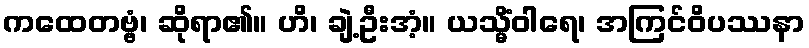
ကထေတဗ္ဗံ၊ ဆိုရာ၏။ ဟိ၊ ချဲ့ဦးအံ့။ ယသ္မိံဝါရေ၊ အကြင်ဝိပဿနာ